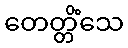
တေတ္တိံသေ